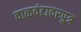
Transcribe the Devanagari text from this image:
वाळवंटावरपुत्र